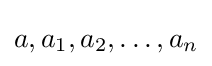
a,a_{1},a_{2},\ldots ,a_{n}